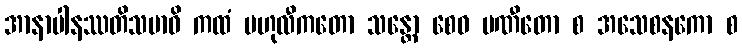
အာနာပါနဿတိသမာဓိ ကထံ ဗဟုလီကတော သန္တော စေဝ ပဏီတော စ အသေစနကော စ